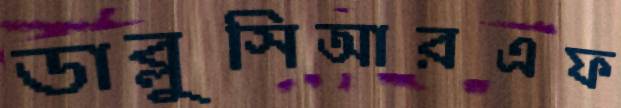
ডাব্লুসিআরএফ